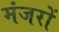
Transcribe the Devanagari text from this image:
मंजरों